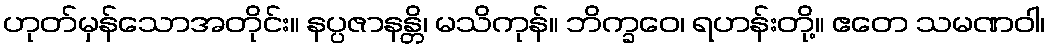
ဟုတ်မှန်သောအတိုင်း။ နပ္ပဇာနန္တိ၊ မသိကုန်။ ဘိက္ခဝေ၊ ရဟန်းတို့။ ဧတေ သမဏဝါ၊